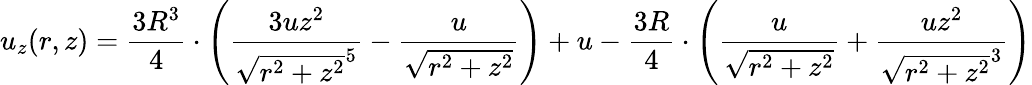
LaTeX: u_{z}(r,z)={\frac{3R^{3}}{4}}\cdot\left({\frac{3uz^{2}}{{\sqrt{r^{2}+z^{2}}}^{5}}}-{\frac{u}{\sqrt{r^{2}+z^{2}}}}\right)+u-{\frac{3R}{4}}\cdot\left({\frac{u}{\sqrt{r^{2}+z^{2}}}}+{\frac{uz^{2}}{{\sqrt{r^{2}+z^{2}}}^{3}}}\right)